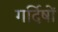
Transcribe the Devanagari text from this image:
गर्दिषों